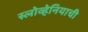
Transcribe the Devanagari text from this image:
स्लोव्हेनियाची